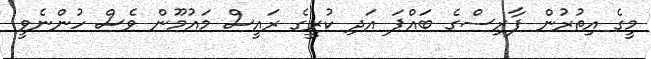
މީގެ އިތުރުން ފާރިސްގެ ބައްޕަ އަދި ކުރީގެ ރައީސް މައުމޫން ވެސް ހުންނެވީ